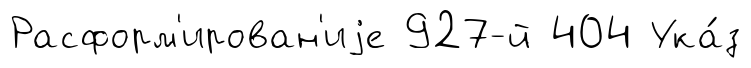
Расформ'ирован'иjе 927-й 404 Ука́з